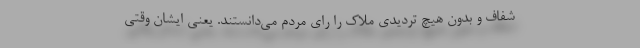
شفاف و بدون هیچ تردیدی ملاک را راًی مردم می‌دانستند. یعنی ایشان وقتی